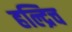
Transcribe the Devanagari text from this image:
हल्द्रिच